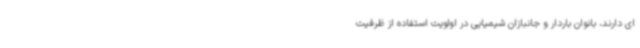
ای دارند، بانوان باردار و جانبازان شیمیایی در اولویت استفاده از ظرفیت